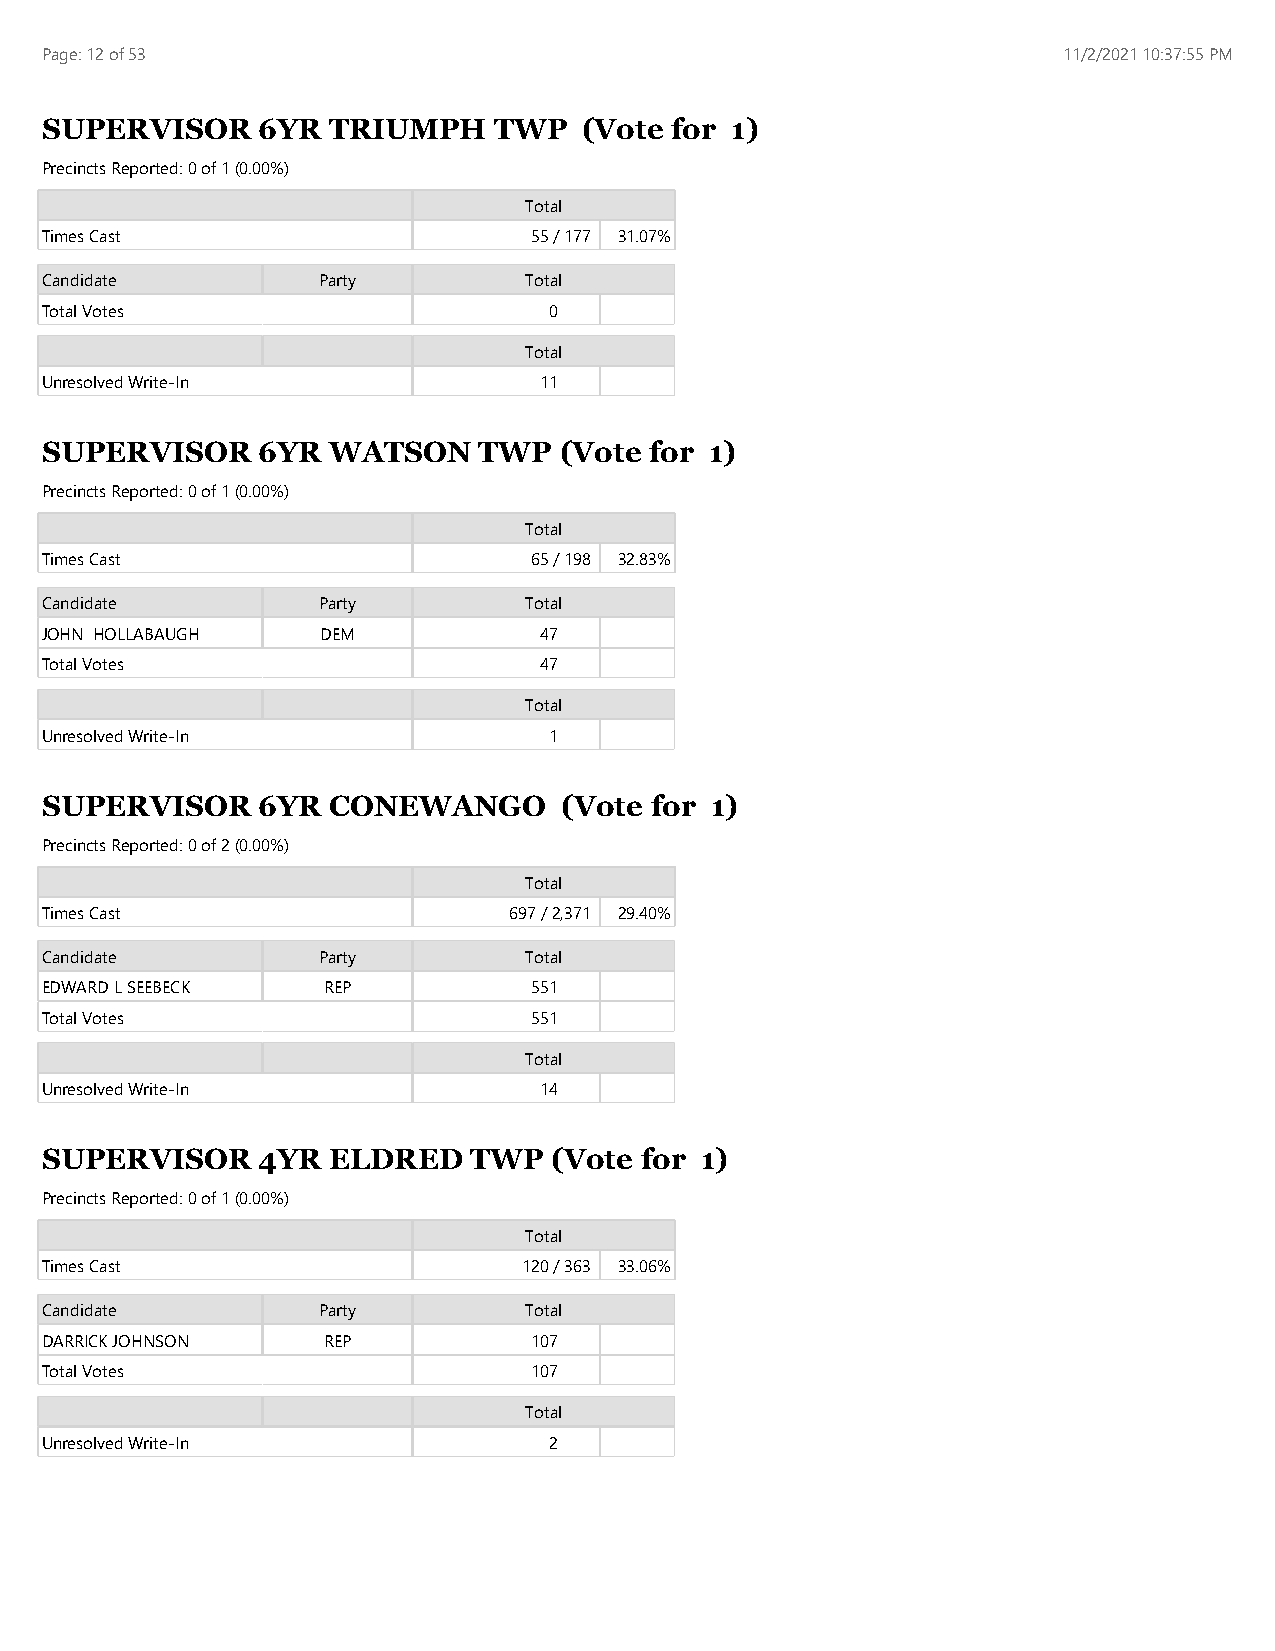
Page: 12 of 53                                                     11/2/2021 10:37:55 PM
 SUPERVISOR    6YR  TRIUMPH    TWP   (Vote for 1)
 Precincts Reported: 0 of 1 (0.00%)
 Total
 Times Cast                      55 / 177 31.07%
 Candidate         Party         Total
 Total Votes                      0
 Total
 Unresolved Write-In              11
 SUPERVISOR    6YR  WATSON    TWP  (Vote for 1)
 Precincts Reported: 0 of 1 (0.00%)
 Total
 Times Cast                      65 / 198 32.83%
 Candidate         Party         Total
 JOHN HOLLABAUGH   DEM            47
 Total Votes                      47
 Total
 Unresolved Write-In              1
 SUPERVISOR    6YR  CONEWANGO      (Vote for 1)
 Precincts Reported: 0 of 2 (0.00%)
 Total
 Times Cast                     697 / 2,371 29.40%
 Candidate         Party         Total
 EDWARD L SEEBECK  REP           551
 Total Votes                     551
 Total
 Unresolved Write-In              14
 SUPERVISOR    4YR  ELDRED   TWP   (Vote for 1)
 Precincts Reported: 0 of 1 (0.00%)
 Total
 Times Cast                      120 / 363 33.06%
 Candidate         Party         Total
 DARRICK JOHNSON   REP           107
 Total Votes                     107
 Total
 Unresolved Write-In              2